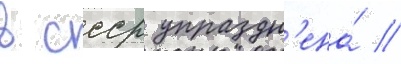
в ссср упраздн'ена́ //